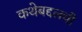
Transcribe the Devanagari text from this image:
कथेबद्दलची